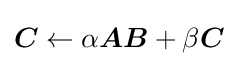
{\boldsymbol {C}}\leftarrow \alpha {\boldsymbol {A}}{\boldsymbol {B}}+\beta {\boldsymbol {C}}